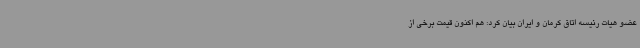
عضو هیات رئیسه اتاق کرمان و ایران بیان کرد: هم اکنون قیمت برخی از